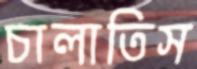
চালাতিস